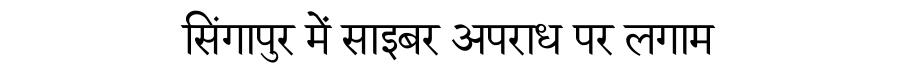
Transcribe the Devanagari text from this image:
सिंगापुर में साइबर अपराध पर लगाम